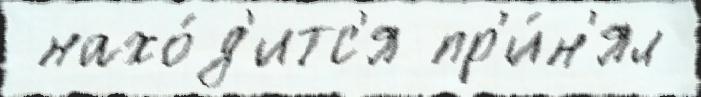
 нахо́д'итс'я пр'и́н'ял